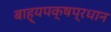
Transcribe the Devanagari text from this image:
बाह्यपक्षप्रधान